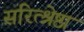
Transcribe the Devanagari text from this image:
सरित्श्रेष्ठा